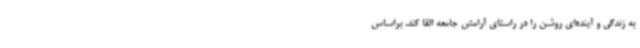
به زندگی و آینده‌ای روشن را در راستای آرامش جامعه القا کند. براساس